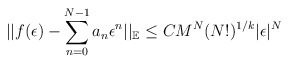
\begin{align*}|| f(\epsilon) - \sum_{n=0}^{N-1} a_{n} \epsilon^{n} ||_{\mathbb{E}} \leq CM^{N}(N!)^{1/k}|\epsilon|^{N} \end{align*}